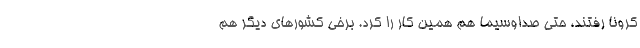
کرونا رفتند، حتی صداوسیما هم همین کار را کرد. برخی کشورهای دیگر هم